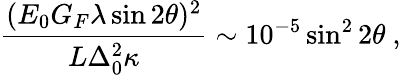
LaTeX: \frac{(E_{0}G_{F}\lambda\sin 2\theta)^{2}}{L\Delta_{0}^{2}\kappa}\sim 10^{-5}\sin^{2}2\theta\ ,